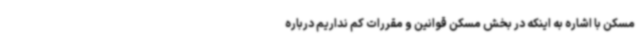
مسکن با اشاره به اینکه در بخش مسکن قوانین و مقررات کم نداریم درباره